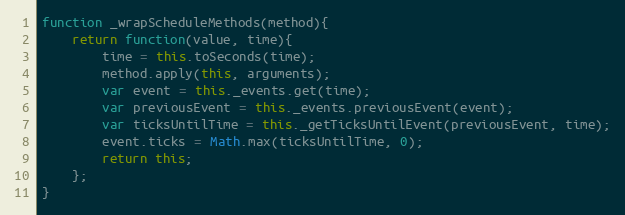
Language: JavaScript
function _wrapScheduleMethods(method){
	return function(value, time){
		time = this.toSeconds(time);
		method.apply(this, arguments);
		var event = this._events.get(time);
		var previousEvent = this._events.previousEvent(event);
		var ticksUntilTime = this._getTicksUntilEvent(previousEvent, time);
		event.ticks = Math.max(ticksUntilTime, 0);
		return this;
	};
}